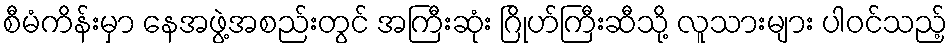
စီမံကိန်းမှာ နေအဖွဲ့အစည်းတွင် အကြီးဆုံး ဂြိုဟ်ကြီးဆီသို့ လူသားများ ပါဝင်သည့်